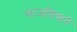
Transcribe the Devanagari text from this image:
माजविणारे